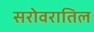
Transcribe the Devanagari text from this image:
सरोवरातिल